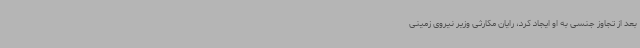
بعد از تجاوز جنسی‌ به او ایجاد کرد، رایان مکارثی وزیر نیروی زمینی